Indian Medical Review
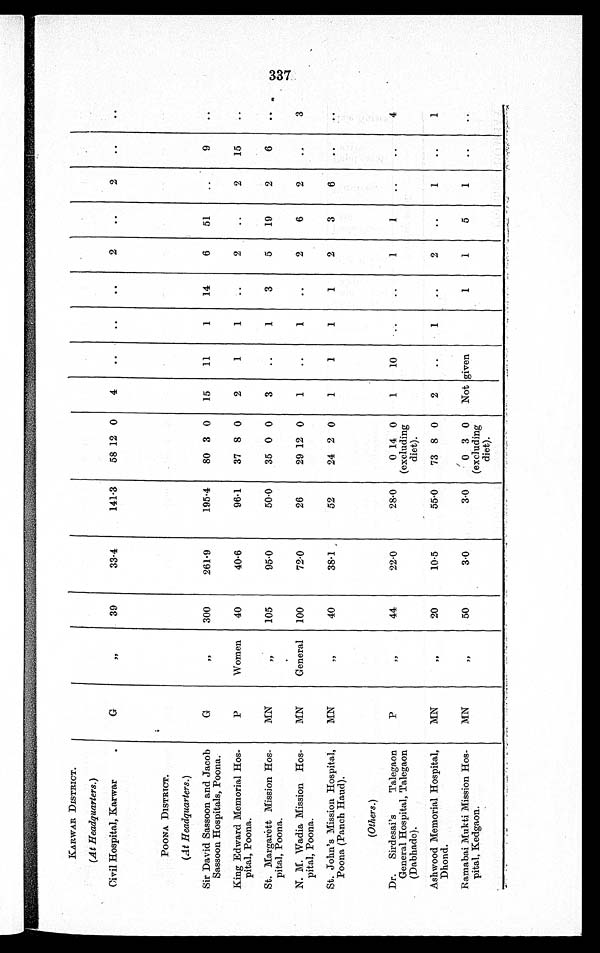
KARWAR DISTRICT.
(At Headquarters.)
Civil Hospital, Karwar
G
,,
39
33·4
141.3
58 12 0
4
..
..
. .
2
..
2
. .
. .
POONA DISTRICT.
(At Headquarters.)
Sir David Sassoon and Jacob
Sassoon Hospitals, Poona.
G
..
300
261·9
195·4
80 3 0
15
11
1
14
6
51
..
9
..
King Edward Memorial Hos-
pital, Poona.
P
Women
40
40·6
96·1
37 8 0
2
1
1
..
2
..
2
15
. .
St. Margarett Mission Hos-
pital, Poona.
MN
,,
105
95·0
50·0
35 0 0
3
..
1
3
5
19
2
6
..
N. M. Wadia Mission Hos-
pital, Poona.
MN
General
100
72.0
26
29 12 0
1
..
1
..
2
6
2
..
3
St. John's Mission Hospital,
Poona (Panch Haud),
M
„
4 0
38·1
52
24 2 0
1
1
1
1
2
3
(Others.)
Dr.
Sirdesai's Talegaon
General Hospital, Talegaon
(Dabhade).
P
,,
44
22·0
28·0
0 ( e x c l u d i n g d i e t ) .
1 4
0
1
10
. .
..
1
1
..
..
4
Ashwood Memorial Hospital,
Dhond.
M
„
2 0
10·5
55·0
73 8 0
2
..
1
..
2
..
1
..
1
Ramabai Mukti Mission Hos-
pital, Kedgaon.
MN
„
5 0
3·0
3·0
0 ( e x c l u d i n g d i e t . ) 3 0
Not given
1
1
5
1
..
..
337